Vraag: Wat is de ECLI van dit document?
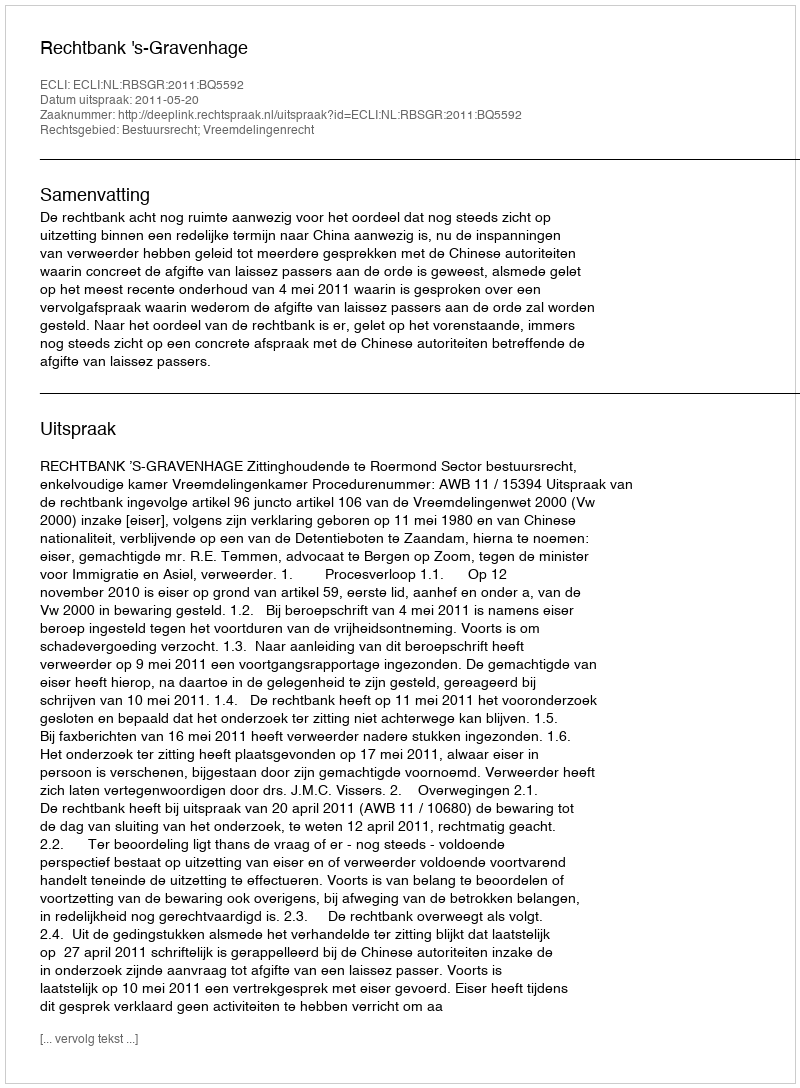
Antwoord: ECLI:NL:RBSGR:2011:BQ5592